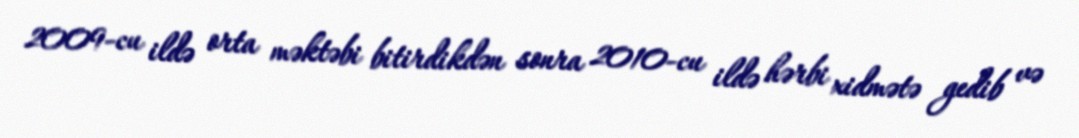
2009-cu ildə orta məktəbi bitirdikdən sonra 2010-cu ildə hərbi xidmətə gedib və